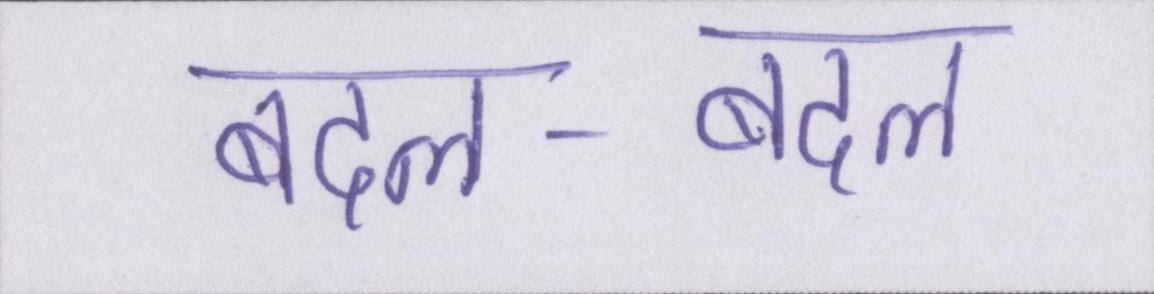
बदल-बदल